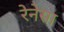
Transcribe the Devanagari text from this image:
रेनेसा